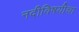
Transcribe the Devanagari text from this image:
नदीविषयीचा